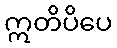
ဣတိပိပေ